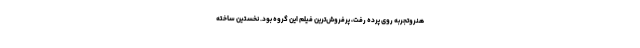
هنروتجربه روی پرده رفت، پرفروش‌ترین فیلم این گروه بود. نخستین ساخته